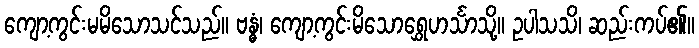
ကျော့ကွင်းမမိသောသင်သည်။ ဗန္ဓံ၊ ကျော့ကွင်းမိသောရွှေဟင်္သာသို့။ ဥပါသသိ၊ ဆည်းကပ်၏။